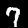
Digit: 7